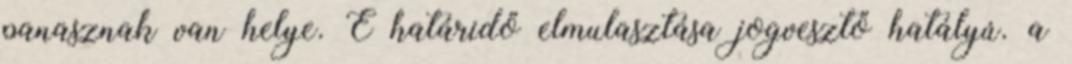
panasznak van helye. E határidő elmulasztása jogvesztő hatályú. a